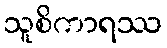
သူစိကာရဿ